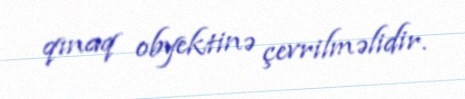
qınaq obyektinə çevrilməlidir.